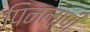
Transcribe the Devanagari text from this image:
पिनलापी